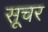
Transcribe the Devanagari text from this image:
सूचर